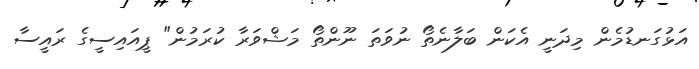
އަޅުގަނޑުމެން މިދަނީ އެކަން ބަލާނެތޯ ނުވަތަ ނޫންތޯ މަޝްވަރާ ކުރަމުން" ޕީއައިސީގެ ރައީސާ